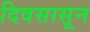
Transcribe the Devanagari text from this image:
दिवसासून